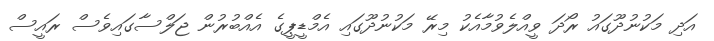
އަދި މަކުނުދޫގައު ރޯދަ ވީއްލެވުމާއެކު މިރޭ މަކުނުދޫގައި އެމްޑީޕީގެ އެއްބުރުން ޖަލްސާގައިވެސް ރައީސް